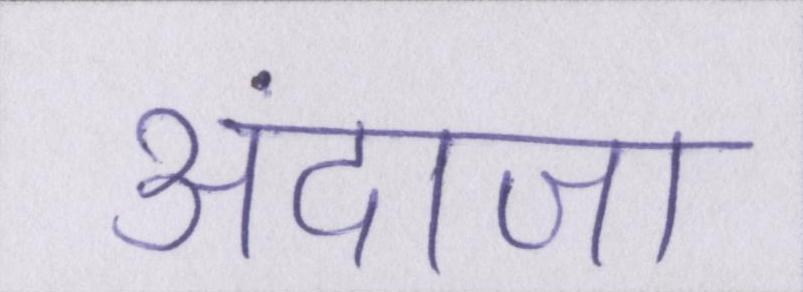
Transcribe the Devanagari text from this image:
अंदाजा